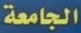
الجامعة